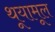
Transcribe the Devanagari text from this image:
थूयामूल